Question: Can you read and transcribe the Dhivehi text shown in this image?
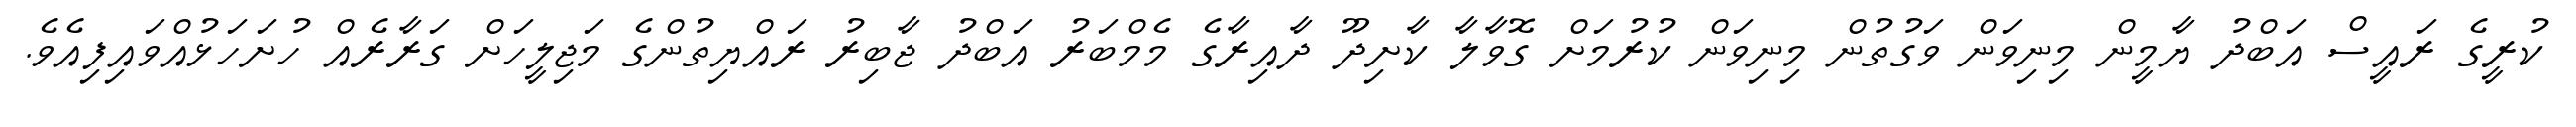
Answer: ކުރީގެ ރައީސް އަބްދު ޔާމީން މިނިވަން ވަގުތުން މިނިވަން ކުރުމަށް ގޮވާލާ ކާށިދޫ ދާއިރާގެ މެމްބަރު އަބްދު ޖާބިރު ރައްޔިތުންގެ މަޖިލީހަށް ގަރާރެއް ހުށަހަޅުއްވައިފިއެވެ.